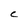
Character: C